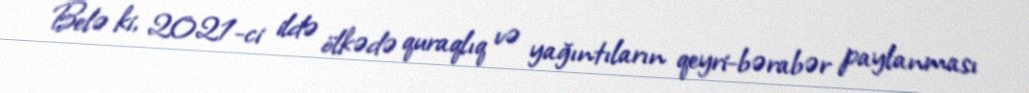
Belə ki, 2021-ci ildə ölkədə quraqlıq və yağıntıların qeyri-bərabər paylanması